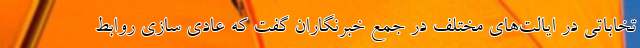
تخاباتی در ایالت‌های مختلف در جمع خبرنگاران گفت که عادی سازی روابط